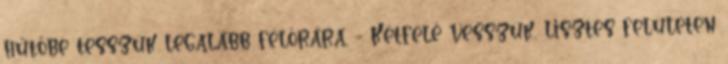
hűtőbe tesszük legalább félórára. - Kétfelé vesszük, lisztes felületen